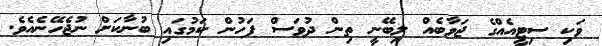
ވަކި ސިޓީއެއްގެ ޖަވާބެއް ލިބޭނީ ތިން ދުވަސް ފަހުން ކަމުގައި ބުނާކަށް ނުޖެހޭނެއެވެ.